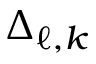
\Delta _ { \ell , k }